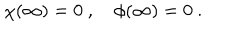
LaTeX: \chi ( \infty ) = 0 \ , \quad \phi ( \infty ) = 0 \ .